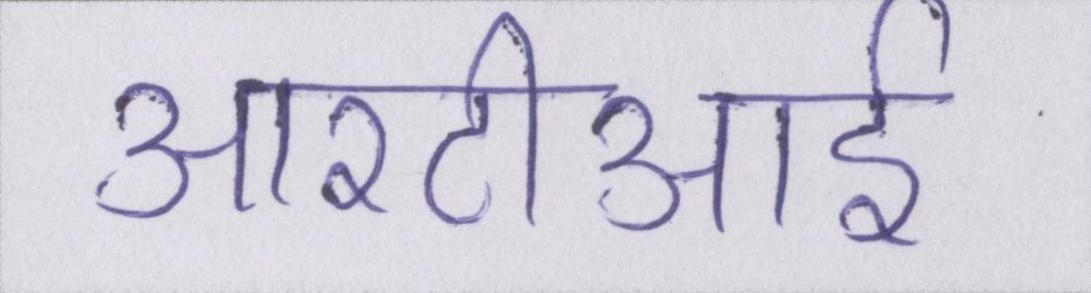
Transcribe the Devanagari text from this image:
आरटीआई